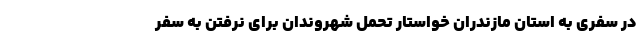
در سفری به استان مازندران خواستار تحمل شهروندان برای نرفتن به سفر